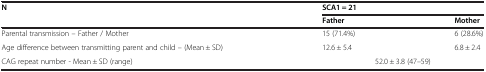
<table><thead><tr><td><b>N</b></td><td colspan="2"><b>SCA1 = 21</b></td></tr><tr><td><b> </b></td><td><b>Father</b></td><td><b>Mother</b></td></tr></thead><tbody><tr><td>Parental transmission – Father / Mother</td><td>15 (71.4%)</td><td>6 (28.6%)</td></tr><tr><td>Age difference between transmitting parent and child – (Mean ± SD)</td><td>12.6 ± 5.4</td><td>6.8 ± 2.4</td></tr><tr><td>CAG repeat number - Mean ± SD (range)</td><td colspan="2">52.0 ± 3.8 (47–59)</td></tr></tbody></table>